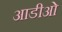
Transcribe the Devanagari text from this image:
आडीओ